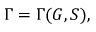
\Gamma = \Gamma ( G , S ) ,